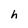
Character: h